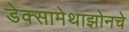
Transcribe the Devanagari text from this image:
डेक्सामेथाझोनचे